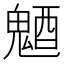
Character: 𩳜